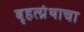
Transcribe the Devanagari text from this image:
बृहत्ग्रंथाचा